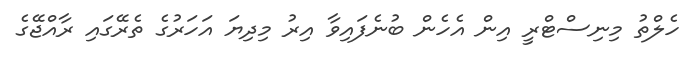
ހެލްތު މިނިސްޓްރީ އިން އެހެން ބުނެފައިވާ އިރު މިދިޔަ އަހަރުގެ ތެރޭގައި ރާއްޖޭގެ